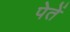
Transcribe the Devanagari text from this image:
पेतें